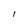
Character: l